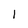
Character: I